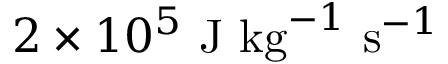
2 \times 1 0 ^ { 5 } ~ \mathrm { { J ~ k g } } ^ { - 1 } ~ \mathrm { { s } } ^ { - 1 }